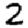
Digit: 2